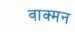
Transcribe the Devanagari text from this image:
वाक्मन